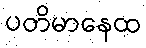
ပတိမာနေထ